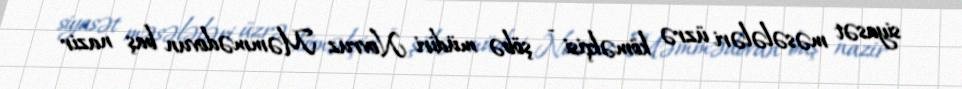
siyasət məsələləri üzrə köməkçisi - şöbə müdiri Novruz Məmmədovun baş nazir